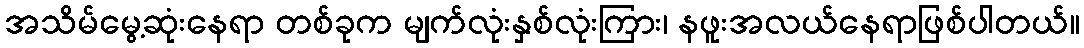
အသိမ်မွေ့ဆုံးနေရာ တစ်ခုက မျက်လုံးနှစ်လုံးကြား၊ နဖူးအလယ်နေရာဖြစ်ပါတယ်။